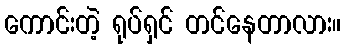
ကောင်းတဲ့ ရုပ်ရှင် တင်နေတာလား။